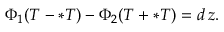
\Phi _ { 1 } ( T - \ast T ) - \Phi _ { 2 } ( T + \ast T ) = d \, z .